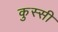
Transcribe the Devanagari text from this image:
कुस्सी